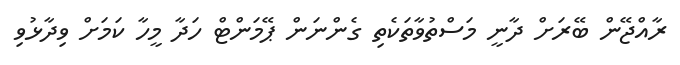
ރާއްޖޭން ބޭރަށް ދާނީ މަސްތުވާތަކެތި ގެންނަން ޕޭމަންޓް ހަދާ މީހާ ކަމަށް ވިދާޅުވި